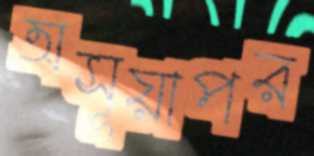
অসূয়াপর